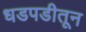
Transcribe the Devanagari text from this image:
धडपडीतून